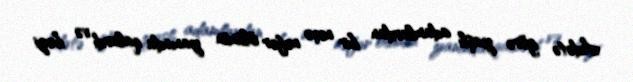
Adətə görə yaşlı adamlardan bir neçə nəfər ölünün yanında qalardı və bəzi